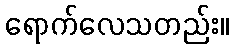
ရောက်လေသတည်း။